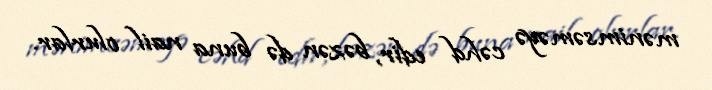
mənimsəməyə cəhd edir, bəzən də buna nail olurlar.